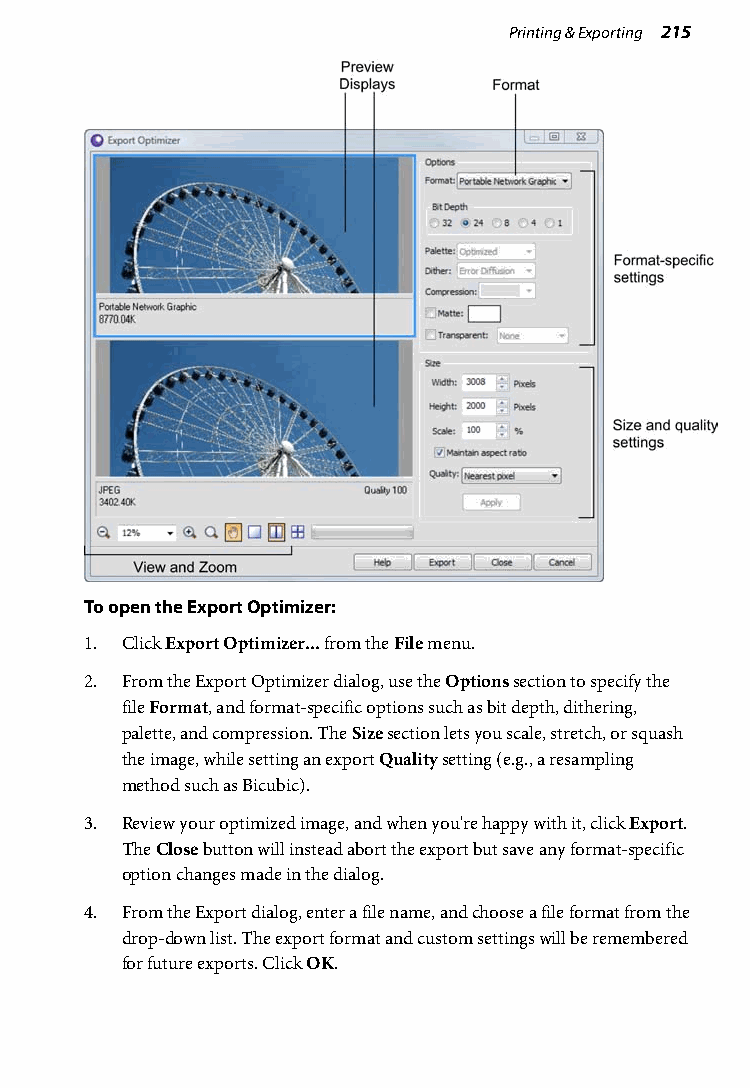
Printing & Exporting 215
 To open the Export Optimizer:
 1. Click Export Optimizer... from the File menu.
 2. From the Export Optimizer dialog, use the Options section to specify the
 file Format, and format-specific options such as bit depth, dithering,
 palette, and compression. The Size section lets you scale, stretch, or squash
 the image, while setting an export Quality setting (e.g., a resampling
 method such as Bicubic).
 3. Review your optimized image, and when you're happy with it, click Export.
 The Close button will instead abort the export but save any format-specific
 option changes made in the dialog.
 4. From the Export dialog, enter a file name, and choose a file format from the
 drop-down list. The export format and custom settings will be remembered
 for future exports. Click OK.